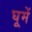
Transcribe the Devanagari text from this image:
घूमें